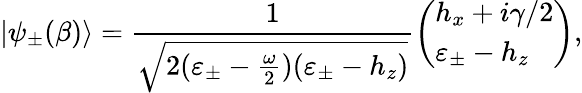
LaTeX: |\psi_{\pm}(\beta)\rangle=\frac{1}{\sqrt{2(\varepsilon_{\pm}-\frac{\omega}{2})(\varepsilon_{\pm}-h_{z})}}\left(\begin{array}{l}{h_{x}+i\gamma/2}\\ {\varepsilon_{\pm}-h_{z}}\end{array}\right),